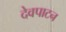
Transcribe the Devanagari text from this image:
देवपाटन